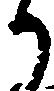
り